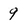
Character: 9